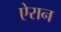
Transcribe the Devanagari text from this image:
ऐरान